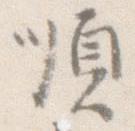
順